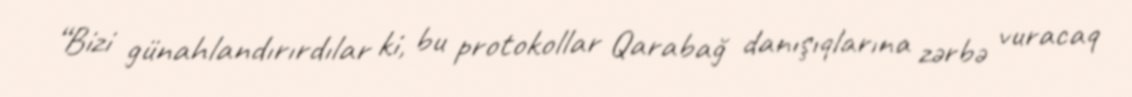
“Bizi günahlandırırdılar ki, bu protokollar Qarabağ danışıqlarına zərbə vuracaq